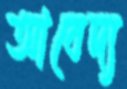
আবেদ্য